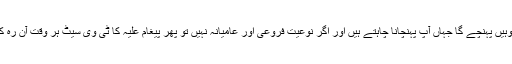
اگر تو سگنل مضبوط ہے تو پیغام وہیں پہنچے گا جہاں آپ پہنچانا چاہتے ہیں اور اگر نوعیت فروعی اور عامیانہ نہیں تو پھر پیغام علیہ کا ٹی وی سیٹ ہر وقت آن رہ کر آپ کے سگنل کا منتظر رہےگا۔